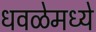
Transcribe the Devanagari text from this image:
धवळेमध्ये